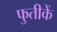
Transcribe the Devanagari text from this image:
फुतीकें